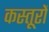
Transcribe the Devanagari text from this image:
कस्तूरों